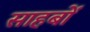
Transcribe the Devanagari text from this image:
साहबों